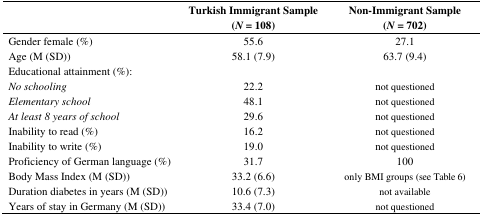
|  | Turkish Immigrant Sample (N = 108) | Non-Immigrant Sample (N = 702) |
 | --- | --- | --- |
 | Gender female (%) | 55.6 | 27.1 |
 | Age (M (SD)) | 58.1 (7.9) | 63.7 (9.4) |
 | Educational attainment (%): |  |  |
 | No schooling | 22.2 | not questioned |
 | Elementary school | 48.1 | not questioned |
 | At least 8 years of school | 29.6 | not questioned |
 | Inability to read (%) | 16.2 | not questioned |
 | Inability to write (%) | 19.0 | not questioned |
 | Proficiency of German language (%) | 31.7 | 100 |
 | Body Mass Index (M (SD)) | 33.2 (6.6) | only BMI groups (seeTable 6) |
 | Duration diabetes in years (M (SD)) | 10.6 (7.3) | not available |
 | Years of stay in Germany (M (SD)) | 33.4 (7.0) | not questioned |